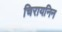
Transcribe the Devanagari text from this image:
चिरायनिन